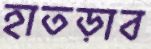
হাতড়াব